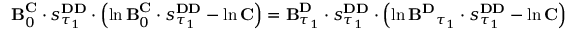
\begin{array} { r } { \mathbf { B } _ { 0 } ^ { \mathbf { C } } \cdot s _ { \tau _ { 1 } } ^ { \mathbf { D D } } \cdot \left( \ln \mathbf { B } _ { 0 } ^ { \mathbf { C } } \cdot s _ { \tau _ { 1 } } ^ { \mathbf { D D } } - \ln \mathbf { C } \right) = \mathbf { B } _ { \tau _ { 1 } } ^ { \mathbf { D } } \cdot s _ { \tau _ { 1 } } ^ { \mathbf { D D } } \cdot \left( \ln \mathbf { B ^ { \mathbf { D } } } _ { \tau _ { 1 } } \cdot s _ { \tau _ { 1 } } ^ { \mathbf { D D } } - \ln \mathbf { C } \right) } \end{array}